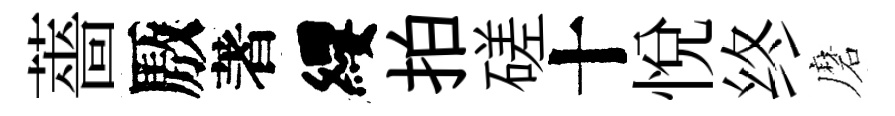
薔厫著纓拍磋十悦终磨